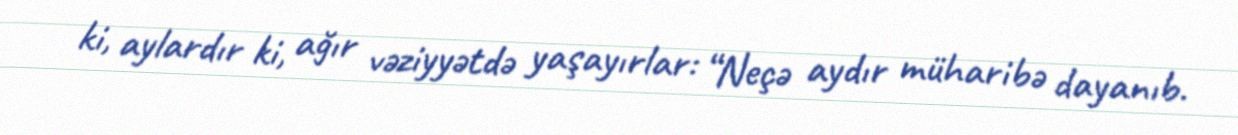
ki, aylardır ki, ağır vəziyyətdə yaşayırlar: “Neçə aydır müharibə dayanıb.